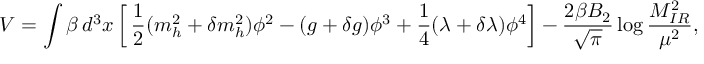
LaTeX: V = \int \beta \, d ^ { 3 } x \left[ \, \frac { 1 } { 2 } ( m _ { h } ^ { 2 } + \delta m _ { h } ^ { 2 } ) \phi ^ { 2 } - ( g + \delta g ) \phi ^ { 3 } + \frac { 1 } { 4 } ( \lambda + \delta \lambda ) \phi ^ { 4 } \right] - \frac { 2 \beta B _ { 2 } } { \sqrt { \pi } } \log \frac { M _ { I R } ^ { 2 } } { \mu ^ { 2 } } ,